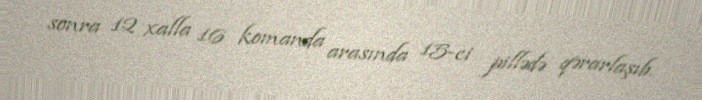
sonra 12 xalla 16 komanda arasında 15-ci pillədə qərarlaşıb.